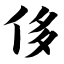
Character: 侈